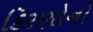
કિરણોનો